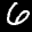
Label: 6